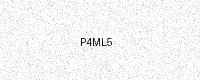
Text: P4ML5